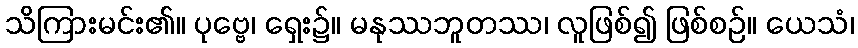
သိကြားမင်း၏။ ပုဗ္ဗေ၊ ရှေး၌။ မနုဿဘူတဿ၊ လူဖြစ်၍ ဖြစ်စဉ်။ ယေသံ၊